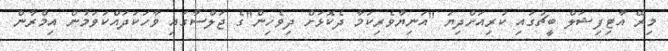
މިރޭ އާޓިފިޝަލް ބީޗުގައި ކުރިއަށްދިޔަ "އަނިޔާވެރިކަމާ ދެކޮޅަށް ދިވެހިން"ގެ ޖަލްސާގައި ވާހަކަދައްކަވަމުން އިމްރާން